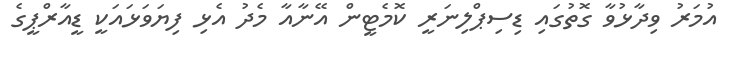
އުމަރު ވިދާޅުވާ ގޮތުގައި ޑިސިޕްލިނަރީ ކޮމެޓީން އޭނާއާ މެދު އެޅި ފިޔަވަޅައަކީ ޑީއާރްޕީގެ